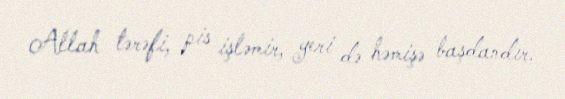
Allah tərəfi, pis işləmir, yeri də həmişə başdandır.